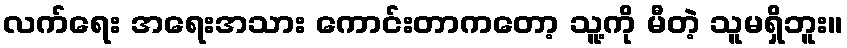
လက်ရေး အရေးအသား ကောင်းတာကတော့ သူ့ကို မီတဲ့ သူမရှိဘူး။